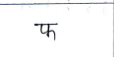
मजकूर: फ